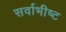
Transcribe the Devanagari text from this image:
सर्वाभीष्ट